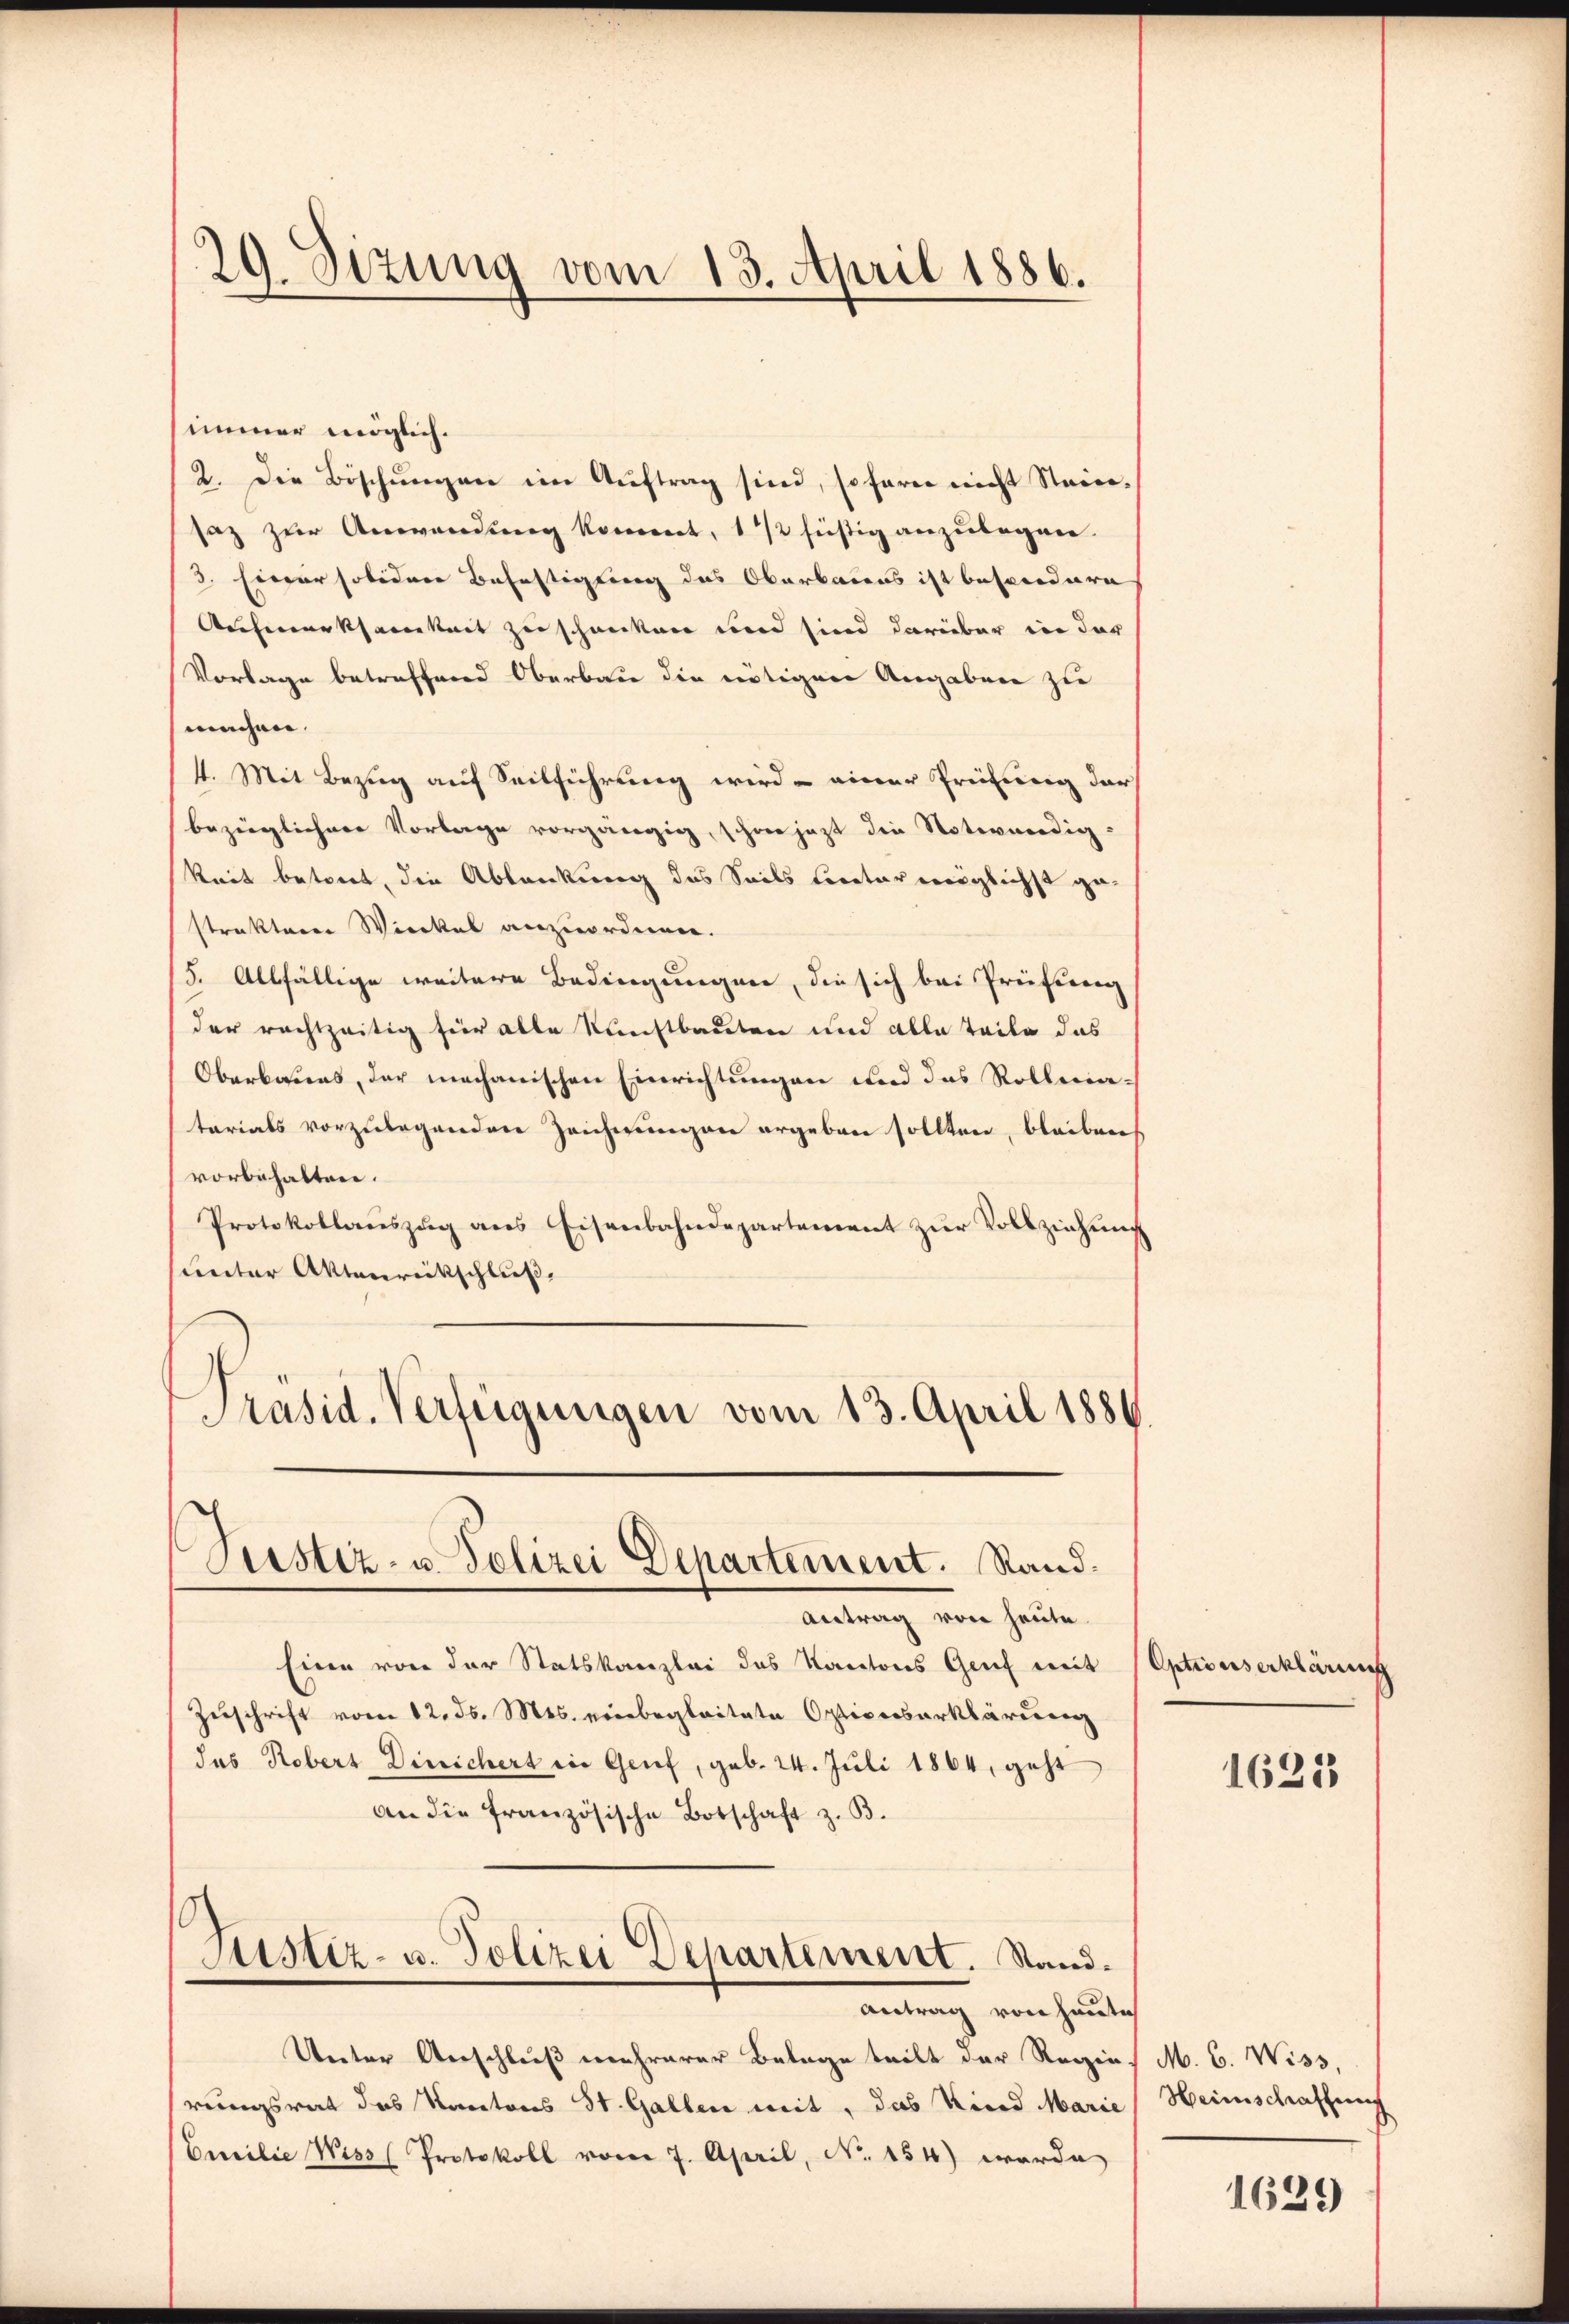
29. Sizung vom 13. April 1886.

immer möglich.
2. Die Böschŭngen im Aŭftrag sind, sofern nicht Steinsaz zur Anwendung kommt, 1/2 füßig anzulegen-
3. Einer soliden Befestigung das Oberbauens ist besondern
Aufmerksamkeit zu schanken und sind darüber in der
Vorlage betreffend Oberbau die nötigen Angaben zu
machen. |
4. Mit Bezug auf Seilführung wird einer Prüfung darbezüglichere Vorlage vorgängig, schon jezt die Notwendig-
keit betont, die Ablenkung das Seils Cereter möglichst ge-
strakterer Wieckel anzuordnen.
5. Allfällige weitere Bedingungen, die sich bei Prüfung
der rechtzeitig für alle Kunstbauten und alle Teile das
Oberbaues, der mechanischen Einrichtungen und das Rollmatarials vorzulegenden Zeichnungen ergeben sollten, bleiben
vorbehalten.
Protokollaŭszŭg ans Eisenbahndepartement zŭr Vollziehung
unter Aktenrückschluß
Präsid. Verfügungen vom 13. April 1886.

Justiz- u. Polizei Departement. Sand¬

Antrag von heute.
Einen von der Statskanzlei des Kantons Genf mit
Zuschrift vom 12. ds. Mts. einbegleitete Opticesserklärung
Jus Robers Dinsichert ein Genf, geb. 24. Juli 1864, geht
an die französische Botschaft z. B.
Justiz- u. Polizei Departement. Stand.
Antrag von heutich
Unter Anschluß mehrerer Belage teilt der Regens M. C. Wiss,
rungsrat das Kantons St. Gallen mit, das Kind Marie
Emilie Wiss (Protokoll vom 7. April, No. 154) werde

Optionserklärung

1625

Heimschaffung

1629